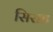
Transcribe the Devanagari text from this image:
सिराह